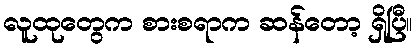
လူထုတွေက စားစရာက ဆန်တော့ ရှိပြီ။